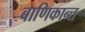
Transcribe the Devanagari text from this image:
बाणिकान्त